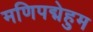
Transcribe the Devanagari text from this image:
मणिपद्मेहुम